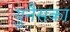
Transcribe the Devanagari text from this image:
युनैसका